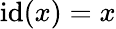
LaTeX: \operatorname{id}(x)=x